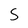
Character: S